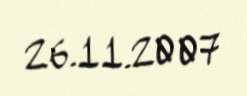
26.11.2007